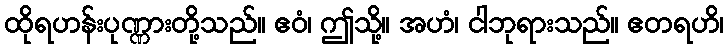
ထိုရဟန်းပုဏ္ဏားတို့သည်။ ဧဝံ၊ ဤသို့။ အဟံ၊ ငါဘုရားသည်။ ဧတရဟိ၊